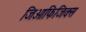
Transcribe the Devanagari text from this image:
जिओफिजिक्स